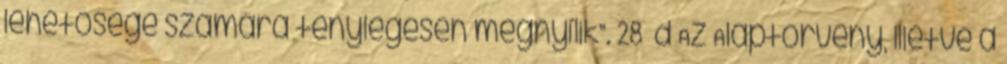
lehetősége számára ténylegesen megnyílik”. 28 d Az Alaptörvény, illetve a